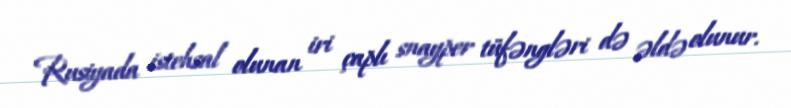
Rusiyada istehsal olunan iri çaplı snayper tüfəngləri də əldə olunur.